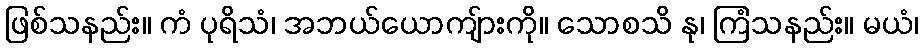
ဖြစ်သနည်း။ ကံ ပုရိသံ၊ အဘယ်ယောကျ်ားကို။ သောစသိ နု၊ ကြံသနည်း။ မယံ၊